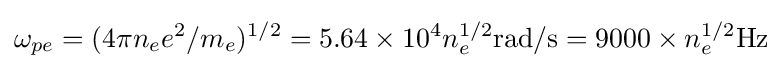
\omega _{pe}=(4\pi n_{e}e^{2}/m_{e})^{1/2}=5.64\times 10^{4}n_{e}^{1/2}{\mbox{rad/s}}=9000\times n_{e}^{1/2}{\mbox{Hz}}